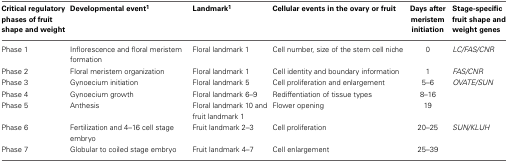
<table><thead><tr><td><b>Critical regulatory phases of fruit shape and weight</b></td><td><b>Developmental event<sup>1</sup></b></td><td><b>Landmark<sup>1</sup></b></td><td><b>Cellular events in the ovary or fruit</b></td><td><b>Days after meristem initiation</b></td><td><b>Stage-specific fruit shape and weight genes</b></td></tr></thead><tbody><tr><td>Phase 1</td><td>Inflorescence and floral meristem formation</td><td>Floral landmark 1</td><td>Cell number, size of the stem cell niche</td><td>0</td><td><i>LC/FAS/CNR</i></td></tr><tr><td>Phase 2</td><td>Floral meristem organization</td><td>Floral landmark 1</td><td>Cell identity and boundary information</td><td>1</td><td><i>FAS/CNR</i></td></tr><tr><td>Phase 3</td><td>Gynoecium initiation</td><td>Floral landmark 5</td><td>Cell proliferation and enlargement</td><td>5–6</td><td><i>OVATE/SUN</i></td></tr><tr><td>Phase 4</td><td>Gynoecium growth</td><td>Floral landmark 6–9</td><td>Rediffentiation of tissue types</td><td>8–16</td><td></td></tr><tr><td>Phase 5</td><td>Anthesis</td><td>Floral landmark 10 and fruit landmark 1</td><td>Flower opening</td><td>19</td><td></td></tr><tr><td>Phase 6</td><td>Fertilization and 4–16 cell stage embryo</td><td>Fruit landmark 2–3</td><td>Cell proliferation</td><td>20–25</td><td><i>SUN/KLUH</i></td></tr><tr><td>Phase 7</td><td>Globular to coiled stage embryo</td><td>Fruit landmark 4–7</td><td>Cell enlargement</td><td>25–39</td><td></td></tr></tbody></table>